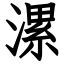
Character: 漯